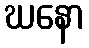
ဃနော